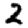
Digit: 2